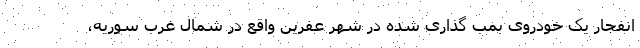
انفجار یک خودروی بمب گذاری شده در شهر عفرین واقع در شمال غرب سوریه،